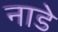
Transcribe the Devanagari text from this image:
नाडे